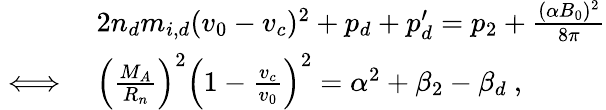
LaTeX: \begin{array}{rl}&{2n_{d}m_{i,d}(v_{0}-v_{c})^{2}+p_{d}+p_{d}^{\prime}=p_{2}+\frac{(\alpha B_{0})^{2}}{8\pi}}\\ {\iff}&{\left(\frac{M_{A}}{R_{n}}\right)^{2}\left(1-\frac{v_{c}}{v_{0}}\right)^{2}=\alpha^{2}+\beta_{2}-\beta_{d}\ ,}\end{array}